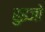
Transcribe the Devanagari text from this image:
हुइजो